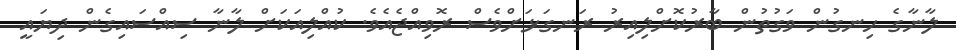
ލާނާގެ ހިނގުން ވަގުތުން ބާރުކޮށްލިއިރު ރަނގަޅަށްވެސް ރޮވިއްޖެއެވެ. ކުއްލިއަކަށް ލާނާ ސިއްސައިގެން ދިޔައީ